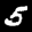
Label: 5